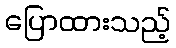
ပြောထားသည့်